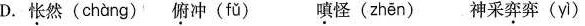
D.怅然( chàng ) 俯冲( fǔ ) 嗔怪( zhěn ) 神采弈弈( yì )